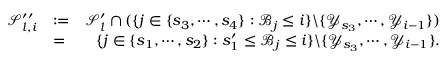
\begin{array} { r l r } { \mathcal { S } _ { l , i } ^ { \prime \prime } } & { : = } & { \mathcal { S } _ { l } ^ { \prime } \cap ( \{ j \in \{ s _ { 3 } , \cdots , s _ { 4 } \} : \mathscr { B } _ { j } \leq i \} \backslash \{ \mathscr { Y } _ { s _ { 3 } } , \cdots , \mathscr { Y } _ { i - 1 } \} ) } \\ & { = } & { \{ j \in \{ s _ { 1 } , \cdots , s _ { 2 } \} : s _ { 1 } ^ { \prime } \leq \mathscr { B } _ { j } \leq i \} \backslash \{ \mathscr { Y } _ { s _ { 3 } } , \cdots , \mathscr { Y } _ { i - 1 } \} . } \end{array}